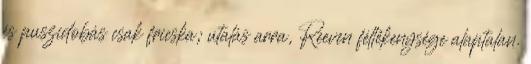
és puszidobás csak fricska; utalás arra, Reeven féltékenysége alaptalan.